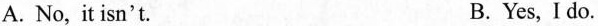
A. No, it isn't. B. Yes, I do.